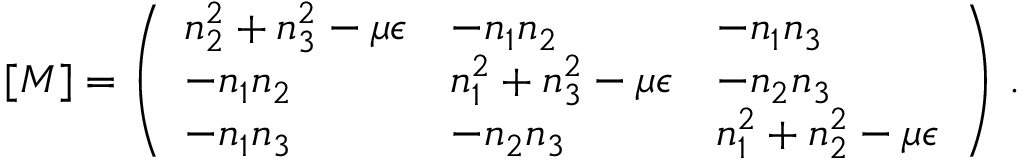
[ M ] = \left( \begin{array} { l l l } { n _ { 2 } ^ { 2 } + n _ { 3 } ^ { 2 } - \mu \epsilon } & { - n _ { 1 } n _ { 2 } } & { - n _ { 1 } n _ { 3 } } \\ { - n _ { 1 } n _ { 2 } } & { n _ { 1 } ^ { 2 } + n _ { 3 } ^ { 2 } - \mu \epsilon } & { - n _ { 2 } n _ { 3 } } \\ { - n _ { 1 } n _ { 3 } } & { - n _ { 2 } n _ { 3 } } & { n _ { 1 } ^ { 2 } + n _ { 2 } ^ { 2 } - \mu \epsilon } \end{array} \right) \, .